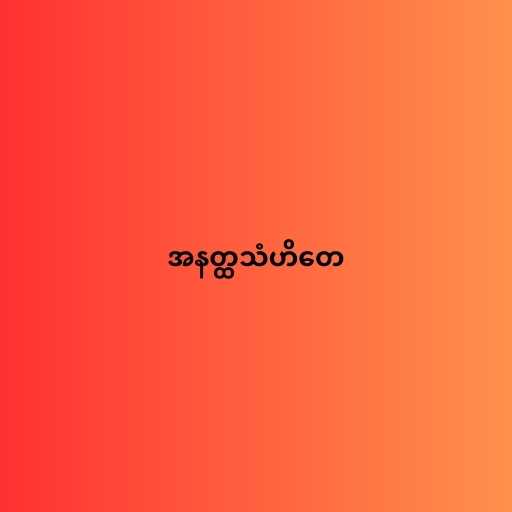
အနတ္ထသံဟိတေ